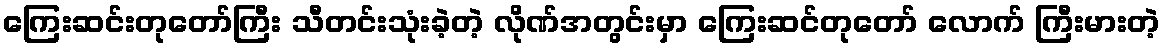
ကြေးဆင်းတုတော်ကြီး သီတင်းသုံးခဲ့တဲ့ လိုဏ်အတွင်းမှာ ကြေးဆင်တုတော် လောက် ကြီးမားတဲ့